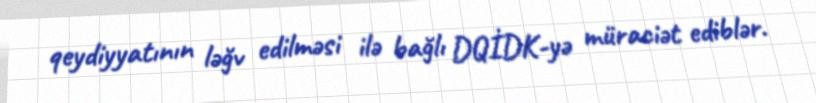
qeydiyyatının ləğv edilməsi ilə bağlı DQİDK-yə müraciət ediblər.